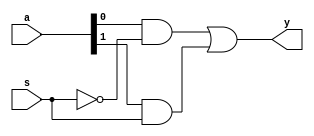
`timescale 1ns / 1ps
module mux2_1( a,s,y);
input [1:0]a;
input s;
output y;
assign y = ((a[0]&(~s))| (a[1]&s));
endmodule